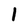
Character: l